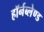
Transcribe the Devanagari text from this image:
हॉर्नब्लेण्ड